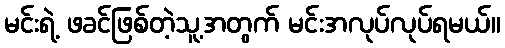
မင်းရဲ့ ဖခင်ဖြစ်တဲ့သူ့အတွက် မင်းအလုပ်လုပ်ရမယ်။